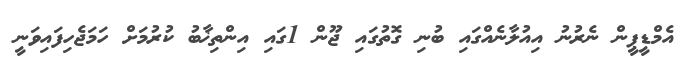
އެމްޑީޕީން ނެރުނު އިއުލާނެއްގައި ބުނި ގޮތުގައި ޖޫން 1ގައި އިންތިޚާބު ކުރުމަށް ހަމަޖެހިފައިވަނީ